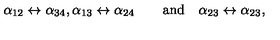
\alpha _ { 1 2 } \leftrightarrow \alpha _ { 3 4 } , \alpha _ { 1 3 } \leftrightarrow \alpha _ { 2 4 } \qquad \mathrm { a n d } \quad \alpha _ { 2 3 } \leftrightarrow \alpha _ { 2 3 } ,